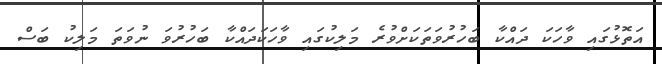
އަތޮޅުގައި ވާހަކަ ދައްކާ ބަހުރުވަތަކަށްވުރެ މަލިކުގައި ވާހަކަދައްކާ ބަހުރުވަ ނުވަތަ މަލިކު ބަސް